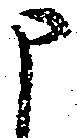
申